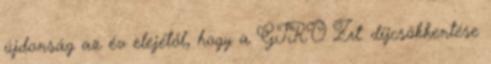
újdonság az év elejétől, hogy a GIRO Zrt. díjcsökkentése